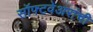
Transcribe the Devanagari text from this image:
सॉफ्टवेअरांची